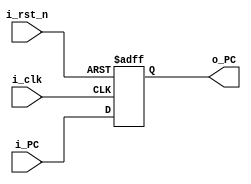
`timescale 1ns / 1ps
//////////////////////////////////////////////////////////////////////////////////
// Company: 
// Engineer: 
// 
// Design Name: 
// Module Name: Program_counter
// Project Name: 
// Target Devices: 
// Tool Versions: 
// Description: 
// 
// Dependencies: 
// 
// Revision:
// Revision 0.01 - File Created
// Additional Comments:
// 
//////////////////////////////////////////////////////////////////////////////////

`define WIDTH_PC 32
module Program_counter(
i_clk , 
i_rst_n ,
i_PC , 
o_PC  
);

input i_clk ;
input i_rst_n ;
input [`WIDTH_PC-1:0] i_PC;
output reg [`WIDTH_PC-1:0] o_PC ;

always @(posedge i_clk , negedge i_rst_n)
  begin
     if (~i_rst_n)
        begin
         o_PC <= 32'b0;
         end
      else
         begin
         o_PC = i_PC ;
         end
       end      
endmodule